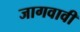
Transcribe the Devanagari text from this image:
जागवावी